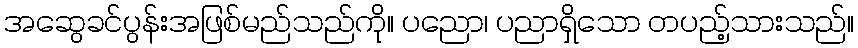
အဆွေခင်ပွန်းအဖြစ်မည်သည်ကို။ ပညော၊ ပညာရှိသော တပည့်သားသည်။